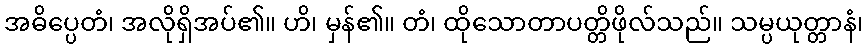
အဓိပ္ပေတံ၊ အလိုရှိအပ်၏။ ဟိ၊ မှန်၏။ တံ၊ ထိုသောတာပတ္တိဖိုလ်သည်။ သမ္ပယုတ္တာနံ၊